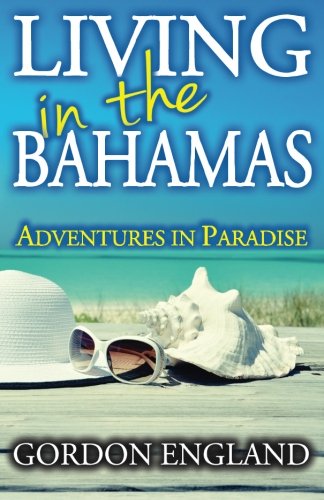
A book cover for Living in the Bahamas: Adventures in Paradise; Gordon England; Travel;